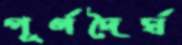
পূর্ণদৈর্ঘ